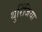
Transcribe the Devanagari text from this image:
थुरिंजिया